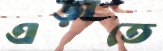
এড়াতে